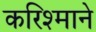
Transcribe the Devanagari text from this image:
करिश्माने